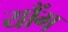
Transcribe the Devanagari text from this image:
यौंग